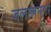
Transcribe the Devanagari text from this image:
जलालनगर